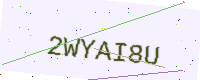
Text: 2WYAI8U